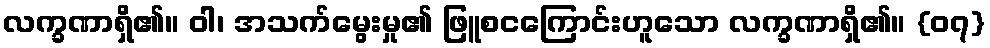
လက္ခဏာရှိ၏။ ဝါ၊ အသက်မွေးမှု၏ ဖြူစငကြောင်းဟူသော လက္ခဏာရှိ၏။ {၀၇}